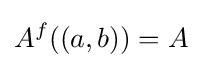
A^{f}((a,b))=A